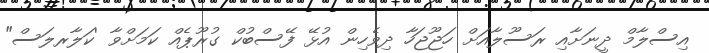
އިސްލާމް ދީނަށާއި ރަސޫލާއަށް ހަޖޫޖަހާ ދިވެހިން އުޅޭ ފޭސްބުކް ގުރޫޕެއް ކަމަށްވާ 'ކަލާރލަސް"